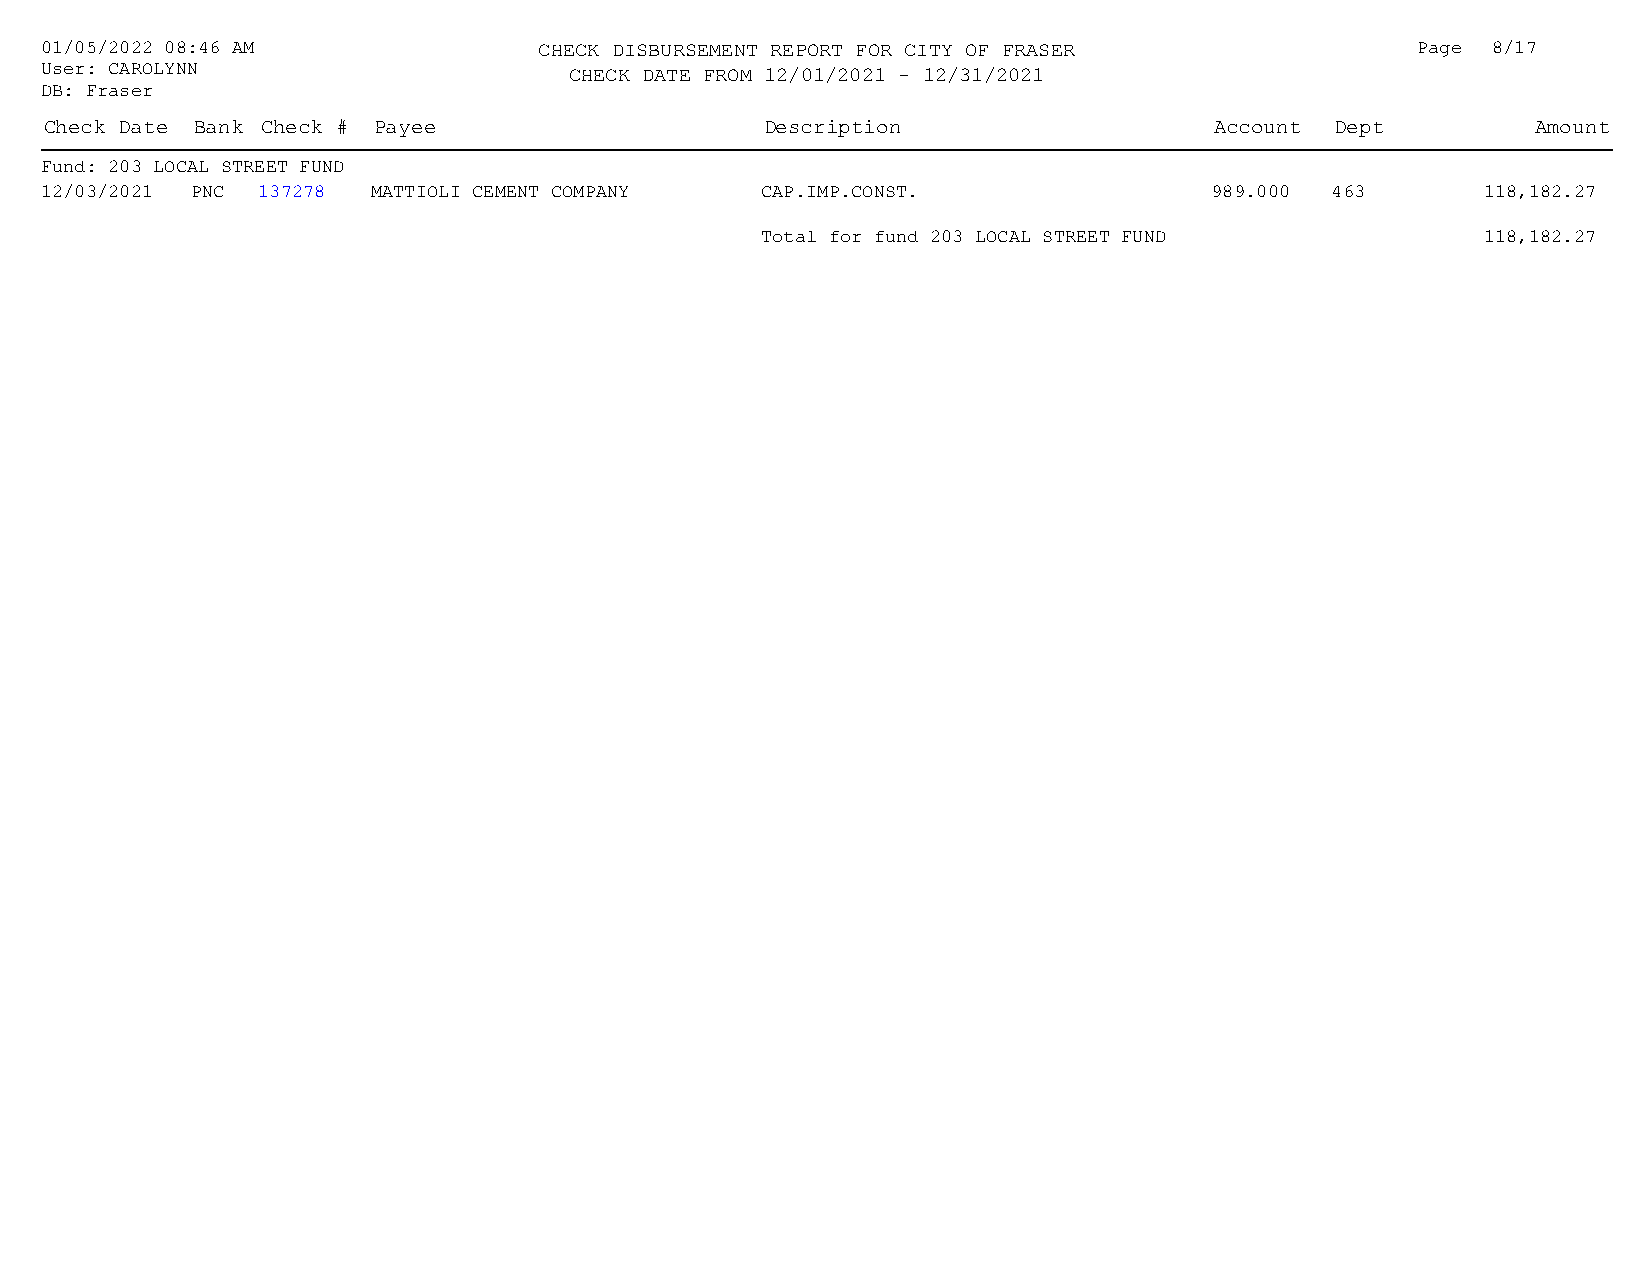
01/05/2022 08:46 AM              CHECK DISBURSEMENT REPORT FOR CITY OF FRASER              Page 8/17
 User: CAROLYNN                     CHECK DATE FROM 12/01/2021 - 12/31/2021                 :
 DB: Fraser
 Check Date Bank Check # Payee                   Description                  Account Dept          Amount
 Fund: 203 LOCAL STREET FUND
 12/03/2021 PNC 137278 MATTIOLI CEMENT COMPANY  CAP.IMP.CONST.                989.000 463       118,182.27
 Total for fund 203 LOCAL STREET FUND            118,182.27